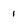
Character: 1